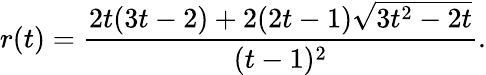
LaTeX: r(t)=\frac{2t(3t-2)+2(2t-1)\sqrt{3t^{2}-2t}}{(t-1)^{2}}.